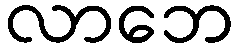
လာဘေ